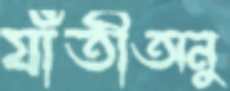
যাঁতীঅনু